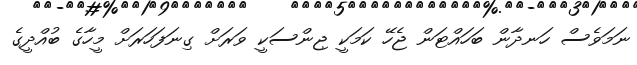
ނަމަވެސް ހަނދާން ބަހައްޓަން ޖެހޭ ކަމަކީ ޖިންސަކީ ވަރަށް ގިނަފަހަރަށް މީހާގެ ބުއްދީގެ